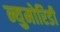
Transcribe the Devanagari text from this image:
न्युमोरिडी